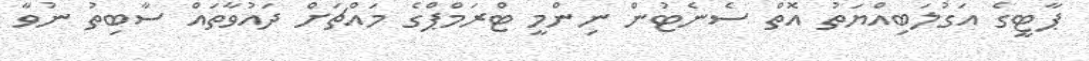
ޕާޓީގެ އަގުލަބިއްޔަތު އޮތް ސެނެޓުން ނިންމީ ޓްރަމްޕްގެ މައްޗަށް ދައުވާތައް ސާބިތު ނުވާ